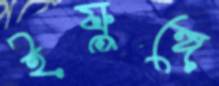
ইয়ুঙ্গে